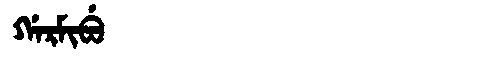
Manchu: ᡤᠠᡵᠮᡳᠪᡠ
Romanization: GARMIBU